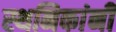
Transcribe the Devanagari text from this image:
स्थनिकांनी